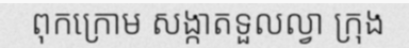
ពុកក្រោម សង្កាតទួលល្វា ក្រុង